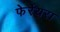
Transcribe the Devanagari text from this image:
फेर्रेयरा